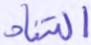
التناد